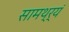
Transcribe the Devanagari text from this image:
सामथ्र्यं